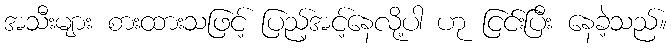
အသီးများ စားထားသဖြင့် ပြည့်အင့်နေလို့ပါ ဟု ငြင်းပြီး နေခဲ့သည်။